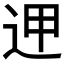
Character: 𨒇